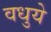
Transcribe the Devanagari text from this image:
वधुये